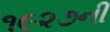
૧૯૨૭ની